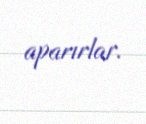
aparırlar.